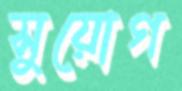
সুয়োগ